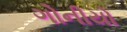
ગોનીયો